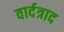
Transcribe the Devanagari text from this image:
वार्दत्राद